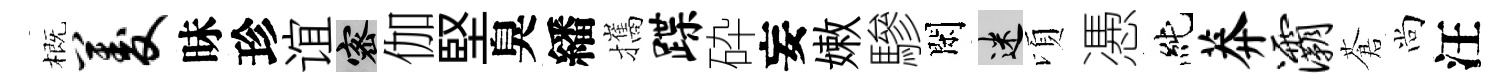
概菱昧珍谊密伽堅臭繙攜蹀砕妄嫩驂閑迷頃慿純莽灞蒼尚汪